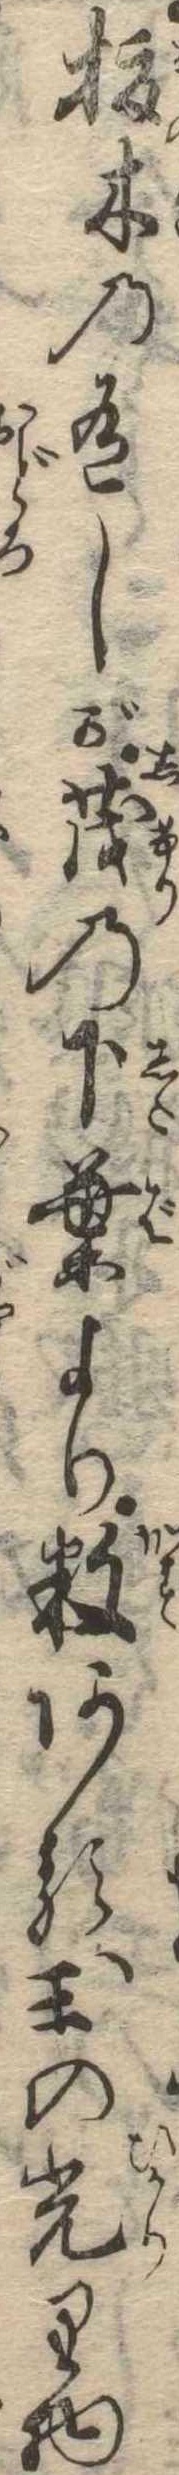
榎木の有しが茂の下葉より数ある玉の光り物